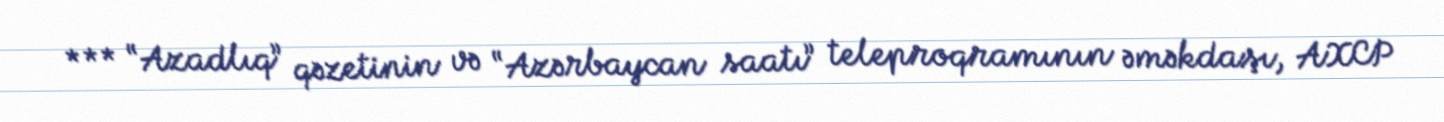
*** “Azadlıq” qəzetinin və “Azərbaycan saatı” teleproqramının əməkdaşı, AXCP